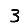
Digit: 3